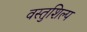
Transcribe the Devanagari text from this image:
वस्तुशिल्प